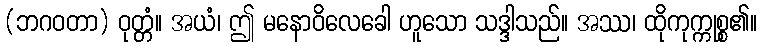
(ဘဂဝတာ) ဝုတ္တံ။ အယံ၊ ဤ မနောဝိလေခေါ ဟူသော သဒ္ဒါသည်။ အဿ၊ ထိုကုက္ကုစ္စ၏။